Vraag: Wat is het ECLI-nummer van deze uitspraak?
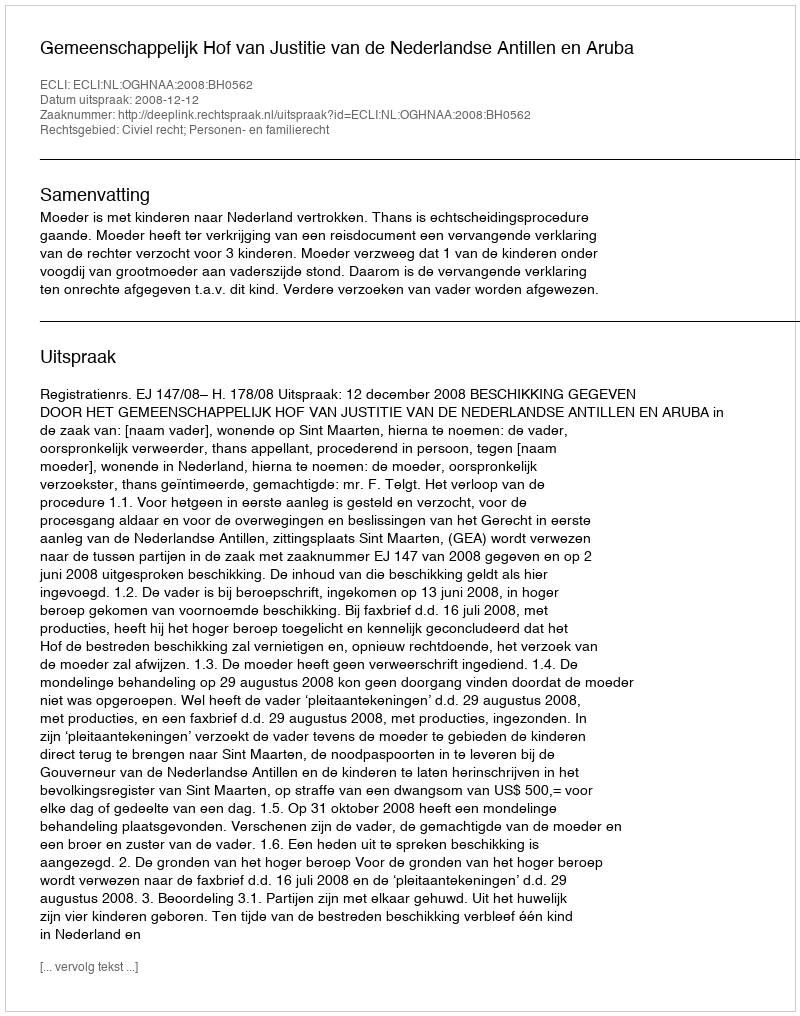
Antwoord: ECLI:NL:OGHNAA:2008:BH0562